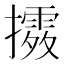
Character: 𢷛